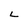
Character: L